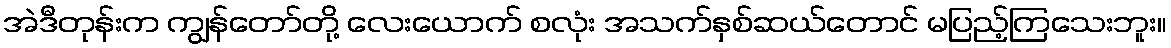
အဲဒီတုန်းက ကျွန်တော်တို့ လေးယောက် စလုံး အသက်နှစ်ဆယ်တောင် မပြည့်ကြသေးဘူး။